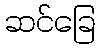
ဆင်ခြေ